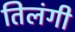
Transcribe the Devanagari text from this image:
तिलंगी